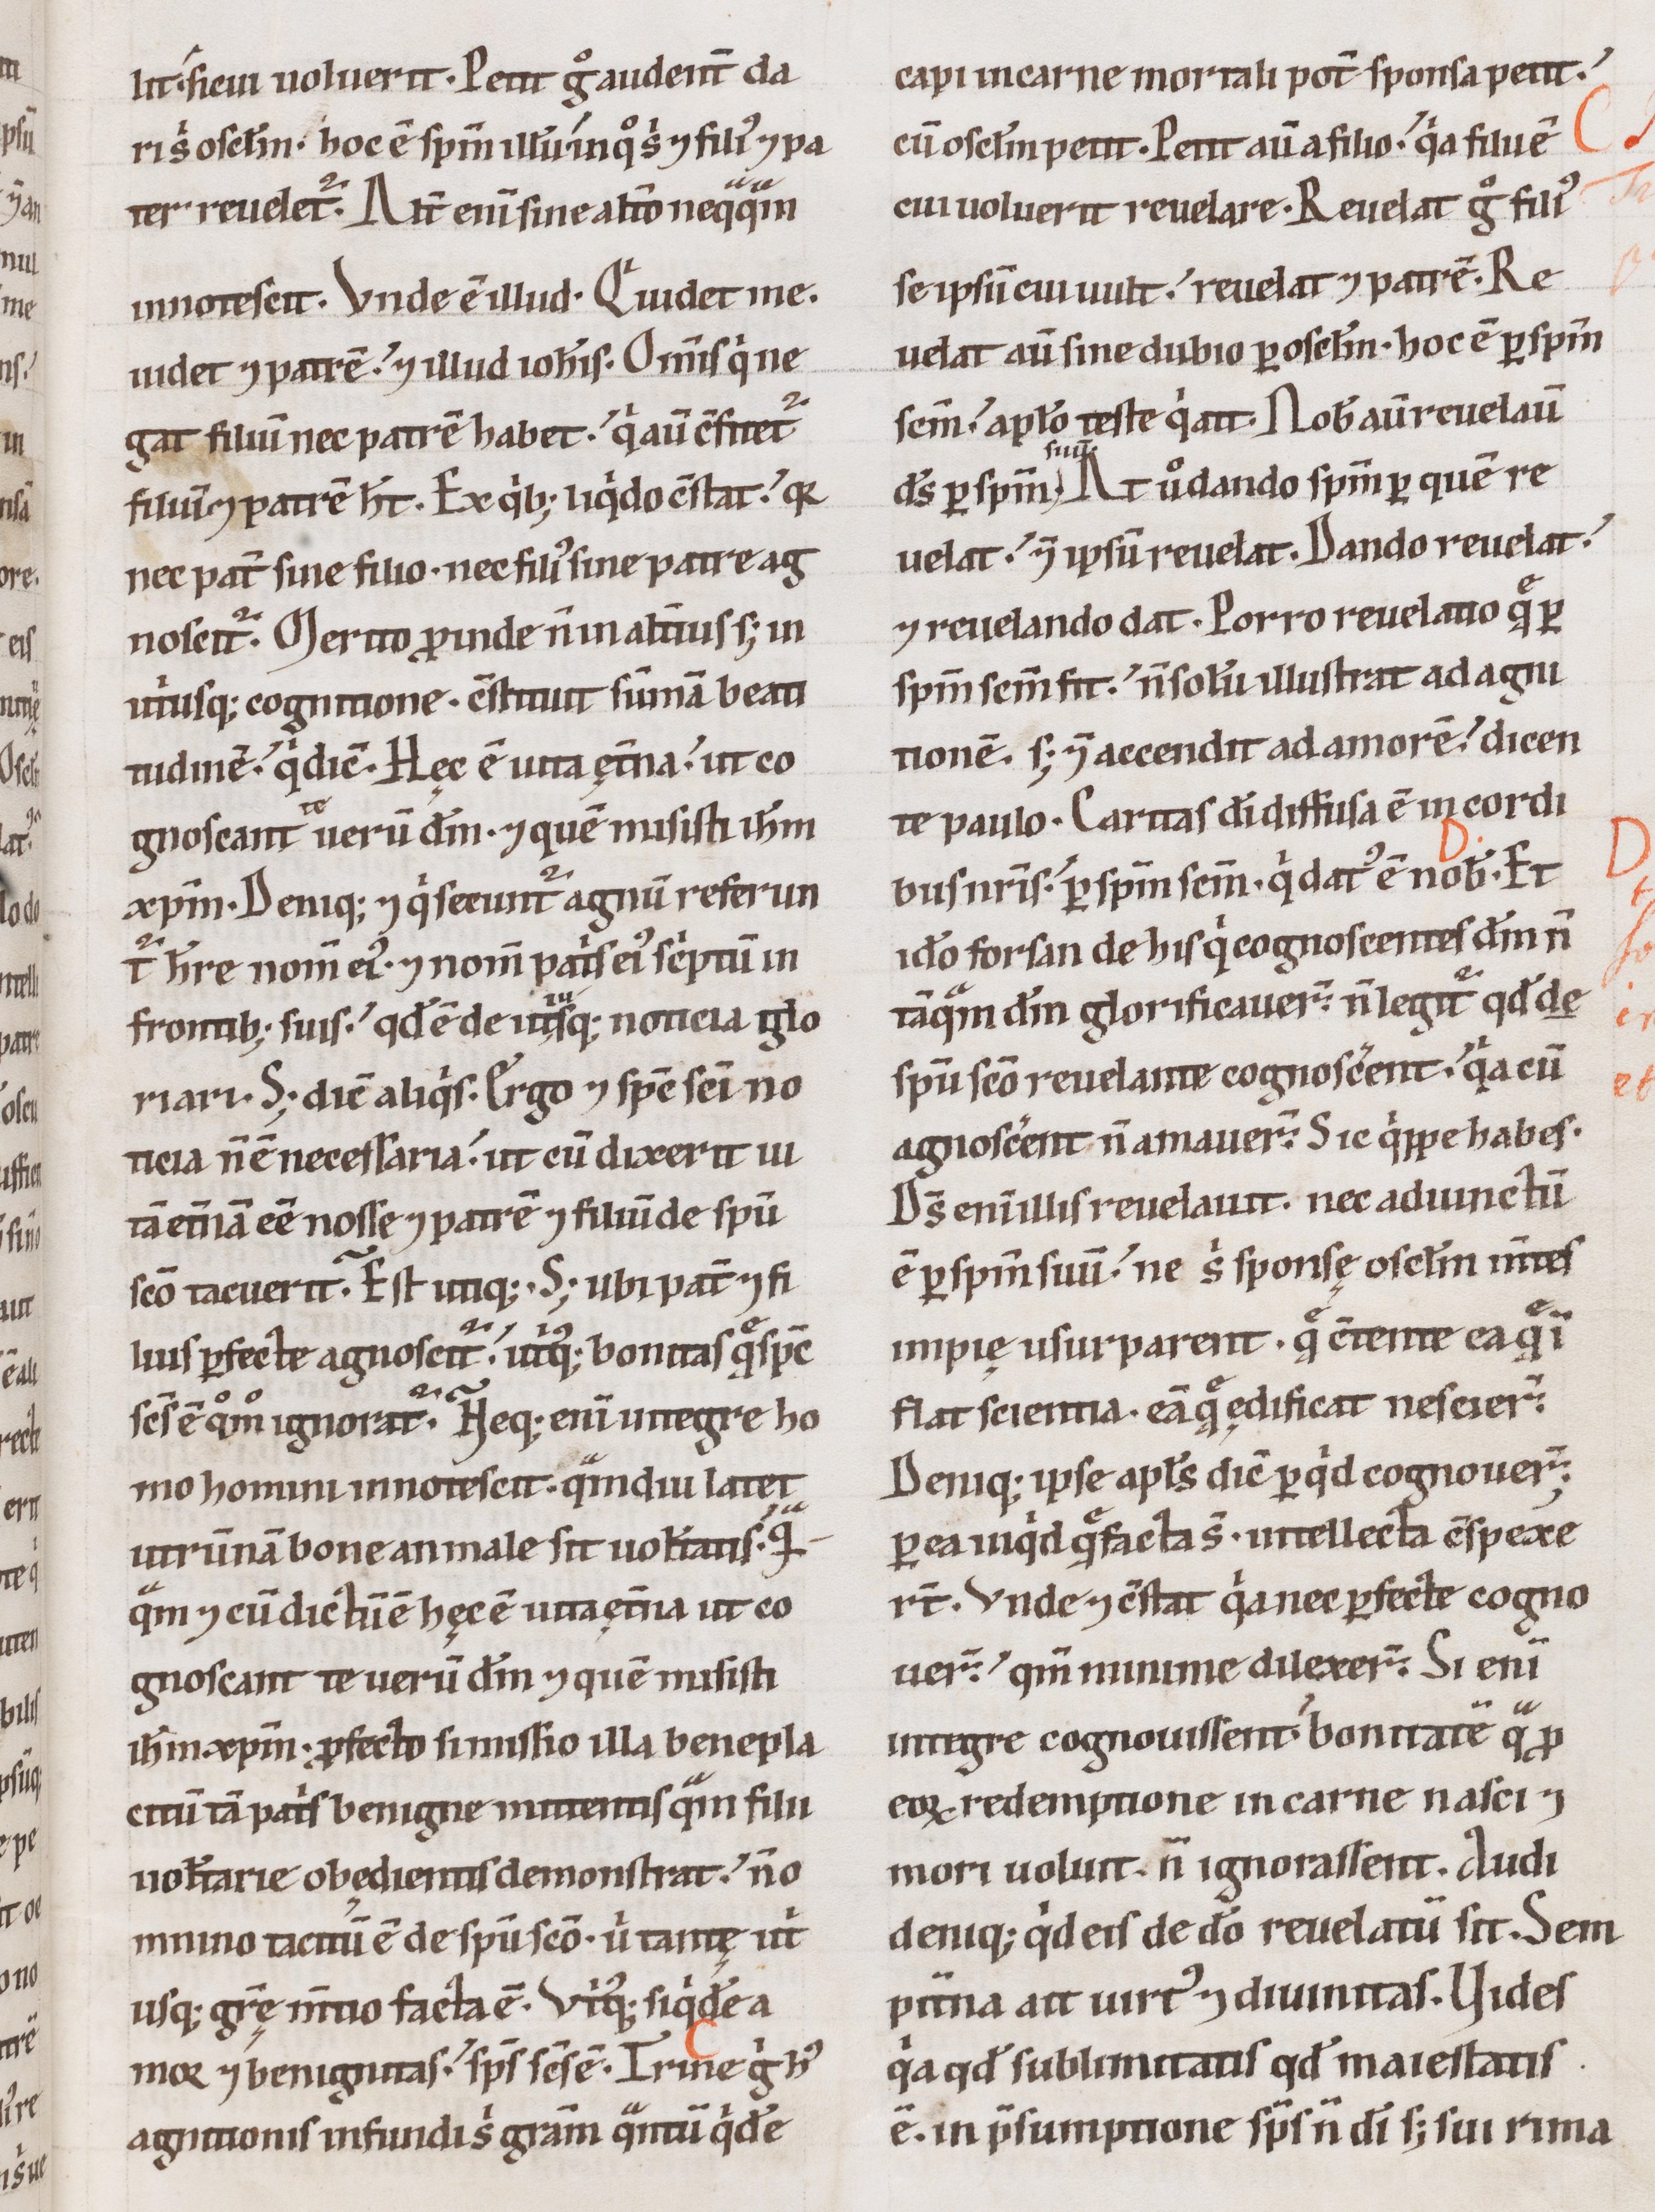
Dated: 1100–1199